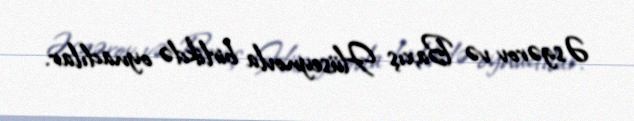
Əsgərov və Baxış Hüseynovla birlikdə oynadılar.